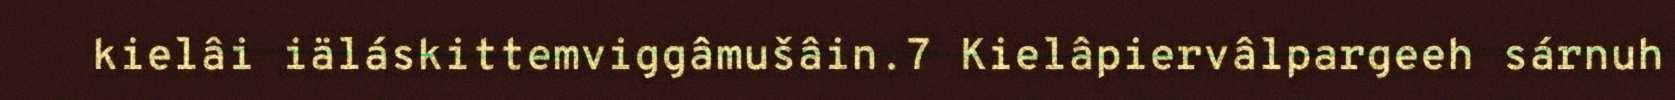
kielâi iäláskittemviggâmušâin.7 Kielâpiervâlpargeeh sárnuh